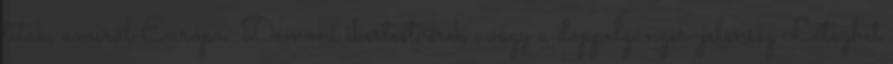
titok, amiről Európa. Démoni ikertestvérek avagy a doppelgänger-jelenség Létezhet